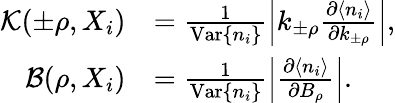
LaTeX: \begin{array}{rl}{{\mathcal K}(\pm\rho,X_{i})}&{=\frac{1}{\mathrm{Var}\{ n_{i}\} }\left|k_{\pm\rho}\frac{\partial\langle n_{i}\rangle}{\partial k_{\pm\rho}}\right|,}\\ {{\mathcal B}(\rho,X_{i})}&{=\frac{1}{\mathrm{Var}\{ n_{i}\} }\left|\frac{\partial\langle n_{i}\rangle}{\partial B_{\rho}}\right|.}\end{array}